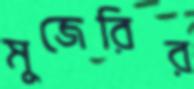
মুজেরির